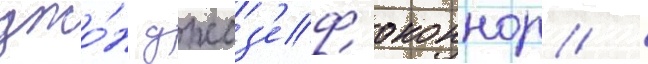
джо́н джоз'еф оконнор /